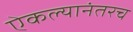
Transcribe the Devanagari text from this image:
ऐकल्यानंतरच